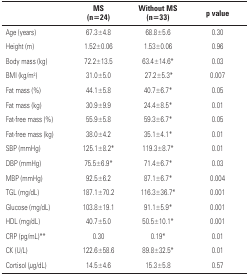
<table><thead><tr><td></td><td><b>MS (n=24)</b></td><td><b>Without MS (n=33)</b></td><td><b>p value</b></td></tr></thead><tbody><tr><td>Age (years)</td><td>67.3±4.8</td><td>68.8±5.6</td><td>0.30</td></tr><tr><td>Height (m)</td><td>1.52±0.06</td><td>1.53±0.06</td><td>0.96</td></tr><tr><td>Body mass (kg)</td><td>72.2±13.5</td><td>63.4±14.6*</td><td>0.03</td></tr><tr><td>BMI (kg/m<sup>2</sup>)</td><td>31.0±5.0</td><td>27.2±5.3*</td><td>0.007</td></tr><tr><td>Fat mass (%)</td><td>44.1±5.8</td><td>40.7±6.7*</td><td>0.05</td></tr><tr><td>Fat mass (kg)</td><td>30.9±9.9</td><td>24.4±8.5*</td><td>0.01</td></tr><tr><td>Fat-free mass (%)</td><td>55.9±5.8</td><td>59.3±6.7*</td><td>0.05</td></tr><tr><td>Fat-free mass (kg)</td><td>38.0±4.2</td><td>35.1±4.1*</td><td>0.01</td></tr><tr><td>SBP (mmHg)</td><td>125.1±8.2*</td><td>119.3±8.7*</td><td>0.01</td></tr><tr><td>DBP (mmHg)</td><td>75.5±6.9*</td><td>71.4±6.7*</td><td>0.03</td></tr><tr><td>MBP (mmHg)</td><td>92.5±6.2</td><td>87.1±6.7*</td><td>0.004</td></tr><tr><td>TGL (mg/dL)</td><td>187.1±70.2</td><td>116.3±36.7*</td><td>0.001</td></tr><tr><td>Glucose (mg/dL)</td><td>103.8±19.1</td><td>91.1±5.9*</td><td>0.001</td></tr><tr><td>HDL (mg/dL)</td><td>40.7±5.0</td><td>50.5±10.1*</td><td>0.001</td></tr><tr><td>CRP (pg/mL)**</td><td>0.30</td><td>0.19*</td><td>0.01</td></tr><tr><td>CK (U/L)</td><td>122.6±58.6</td><td>89.8±32.5*</td><td>0.01</td></tr><tr><td>Cortisol (<i>μ</i>g/dL)</td><td>145±4.6</td><td>15.3±5.8</td><td>0.57</td></tr></tbody></table>